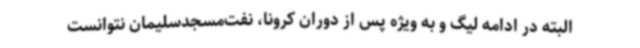
البته در ادامه لیگ و به ویژه پس از دوران کرونا، نفت‌مسجدسلیمان نتوانست